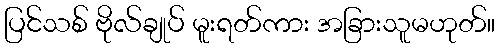
ပြင်သစ် ဗိုလ်ချုပ် မူးရတ်ကား အခြားသူမဟုတ်။